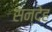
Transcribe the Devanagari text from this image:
सन्‍देह